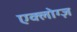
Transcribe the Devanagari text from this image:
एक्लोग्ज़